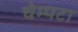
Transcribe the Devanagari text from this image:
चेम्पटा